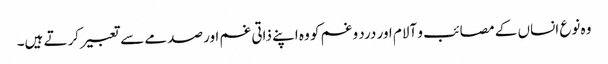
وہ نوع انساں کے مصائب و آلام اور درد و غم کو وہ اپنے ذاتی غم اور صدمے سے تعبیر کرتے ہیں۔